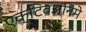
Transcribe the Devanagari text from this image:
एक्टिवअनिमे